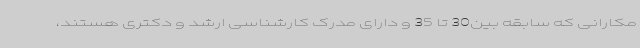
مکارانی که سابقه بین30 تا 35 و دارای مدرک کارشناسی ارشد و دکتری هستند،